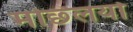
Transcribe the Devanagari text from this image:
मछ्लियो